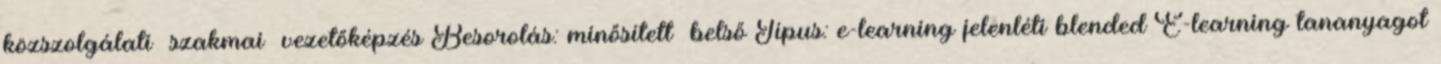
közszolgálati szakmai vezetőképzés Besorolás: minősített belső Típus: e-learning jelenléti blended E-learning tananyagot